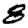
Digit: 8